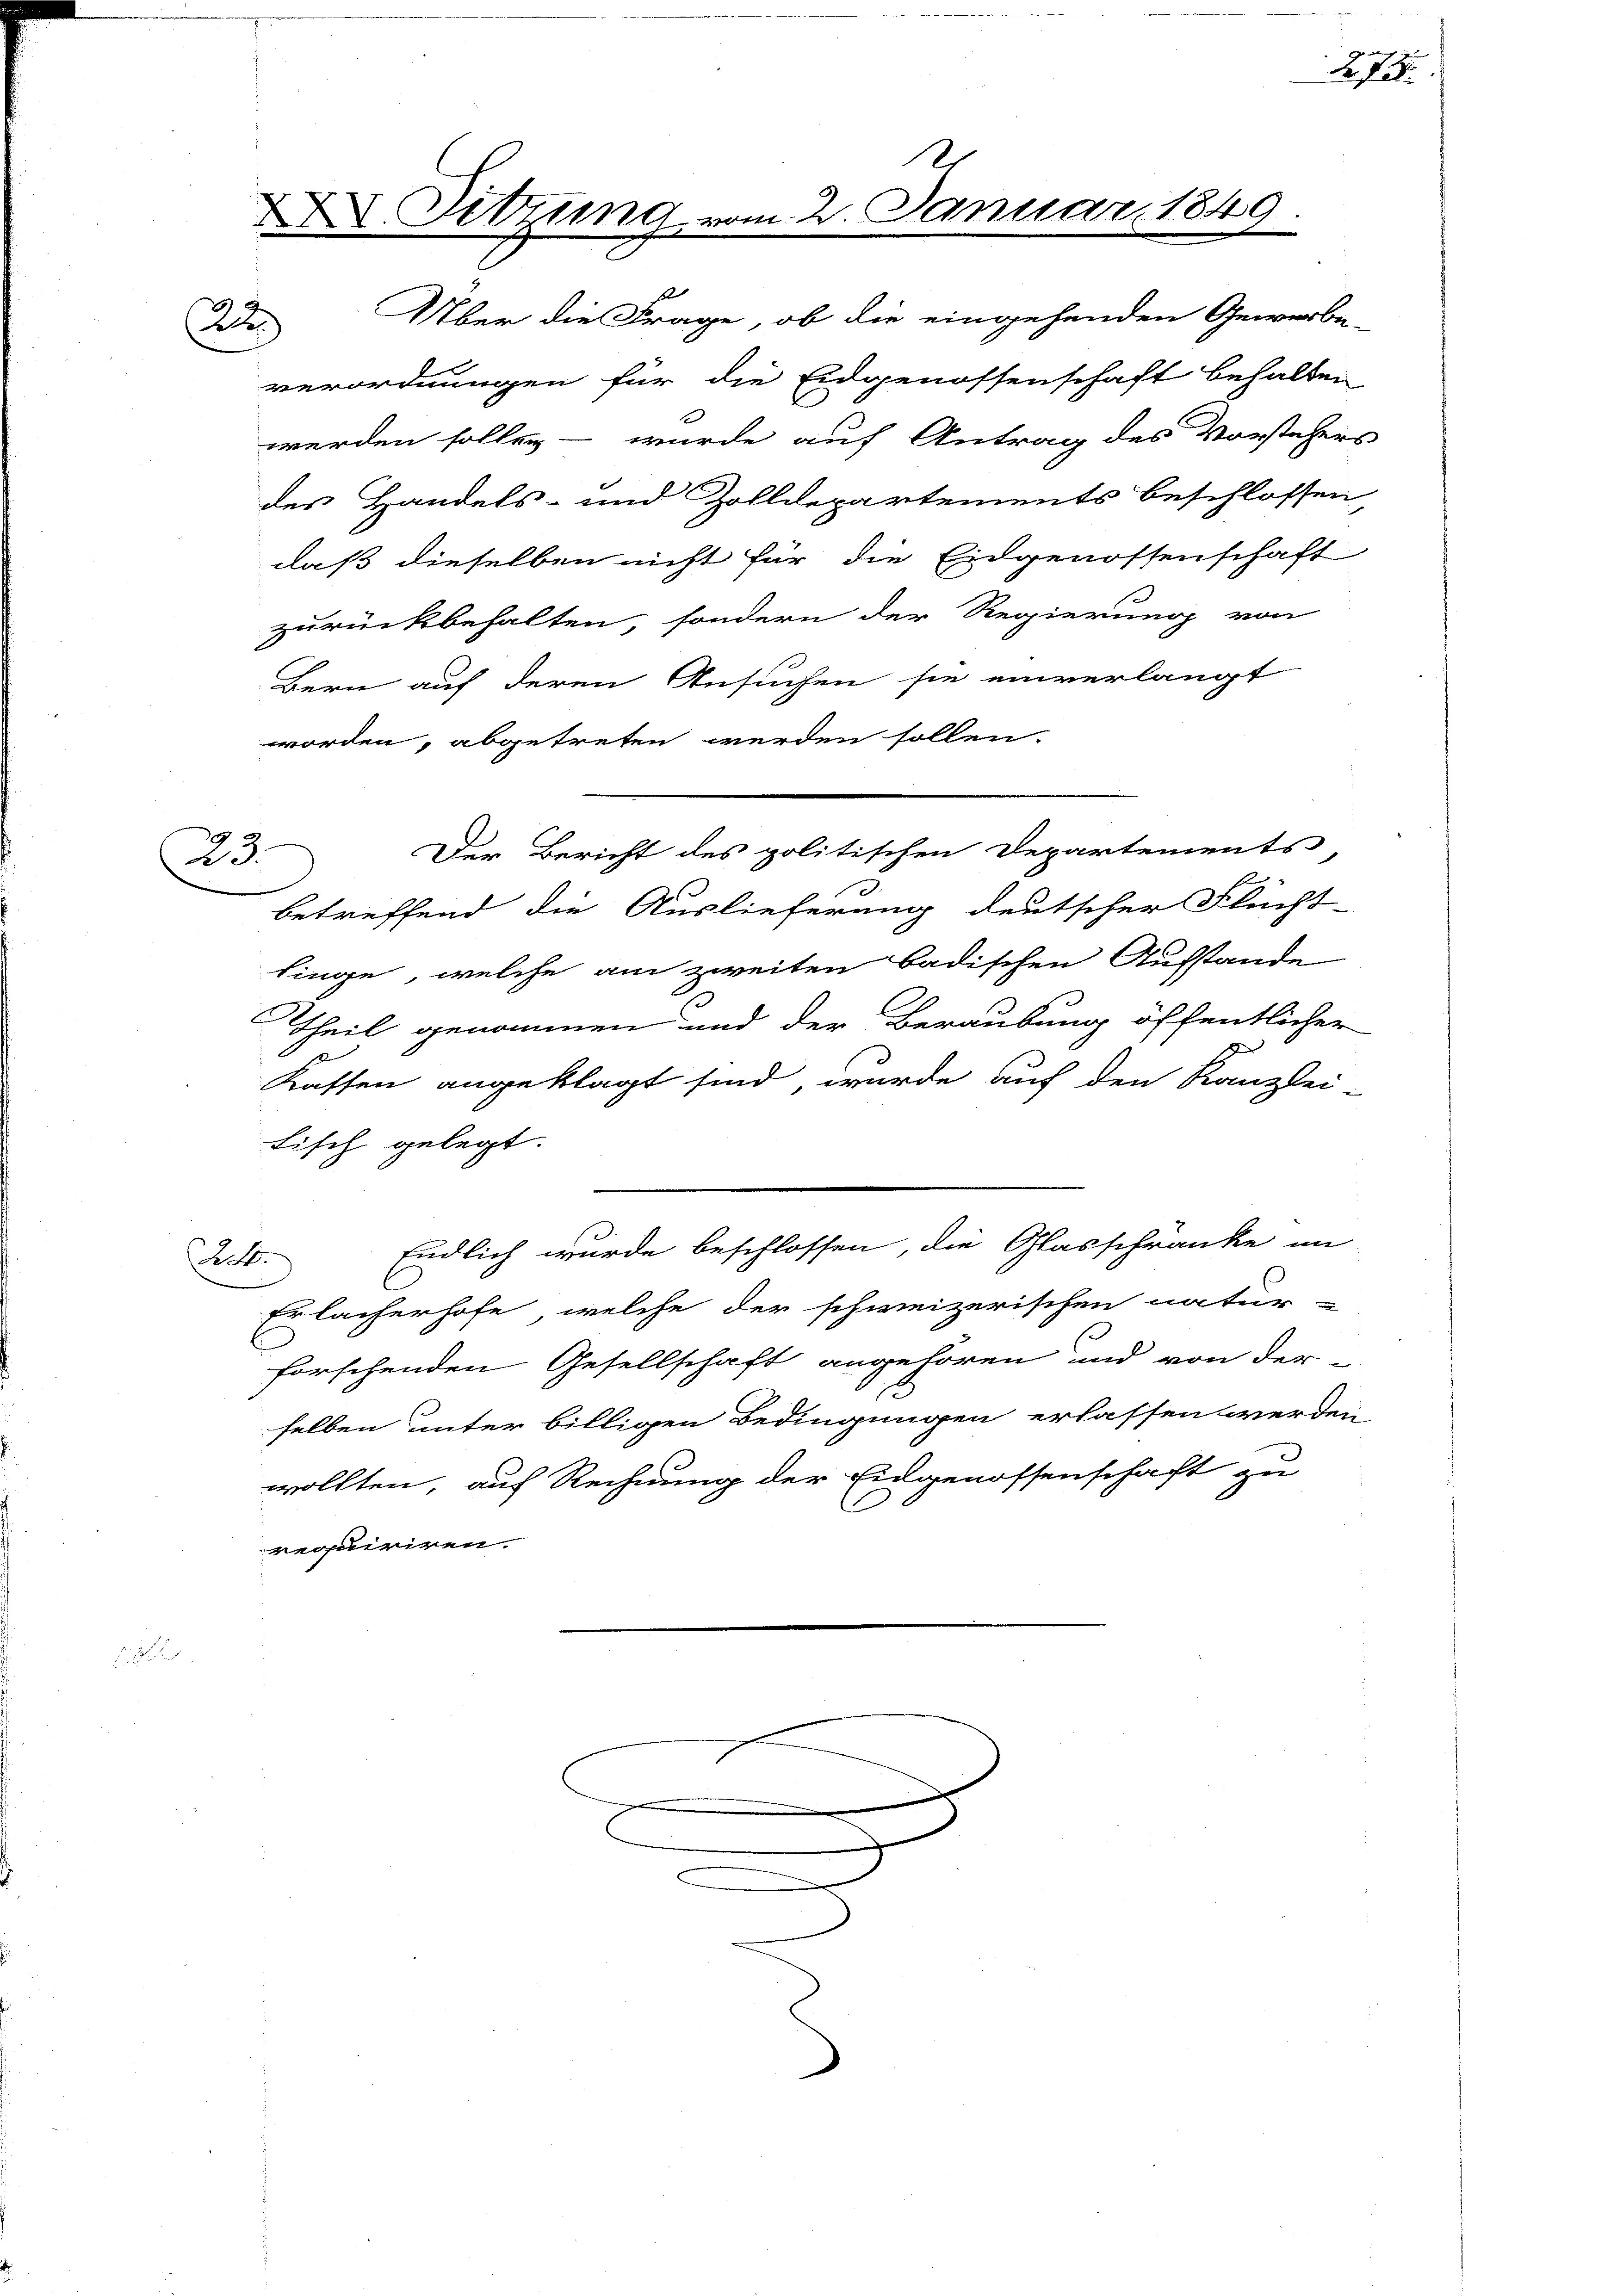
22

23.

verordnungen für die Eidgenossenschaft behalten
werden sollen – wurde auf Antrag des Vorstehers
des Handels- und Zolldepartements beschlossen
daß dieselben nicht für die Eidgenossenschaft
zurückbehalten, sondern der Regierung von
Bern auf deren Ansuchen sie einverlangt
worden, abgetreten werden sollen.
betreffend die Auslieferung deutscher Flücht-
linge, welche am zweiten badischen Aufstande
Theil genommen und der Beraubung öffentlicher
Kaffen angeklagt sind, wurde auf den Kanzlei
Fisch gelegt.
Endlich wurde beschlossen, die Glasschränke im
Act.
Erlacherhofe, welche der schweizerischen natur-
forschenden Gesellschaft angehören und von der-
selben unter billigen Bedingungen erlassen werden
wollten, auf Rechnung der Eingenossenschaft zu
prouiriren.

2

Sitzung vom 2. Januar 1849
u
Über die Frage, ob die eingehenden Gewerbe-

Der Bericht des politischen Departements

2. 728.